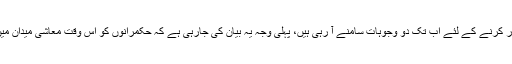
حمزہ شہباز شریف کو گرفتار کرنے کے لئے اب تک دو وجوہات سامنے آ رہی ہیں، پہلی وجہ یہ بیان کی جارہی ہے کہ حکمرانوں کو اس وقت معاشی میدان میں سخت چیلنجز کا سامنا ہے۔